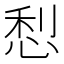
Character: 悡